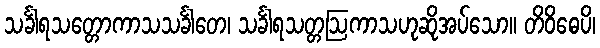
သင်္ခါရသတ္တောကာသသင်္ခါတေ၊ သင်္ခါရသတ္တဩကာသဟုဆိုအပ်သော။ တိဝိဓေပိ၊